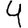
Digit: 4